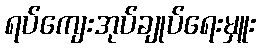
ရပ်ကျေးအုပ်ချုပ်ရေးမှူး